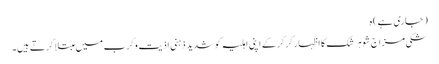
(جاری ہے) ہ
شکی مزاج شوہر شک کا اظہار کرکرکے اپنی اہلیہ کو شدید ذہنی اذیت وکرب میں مبتلا کرتے ہیں۔